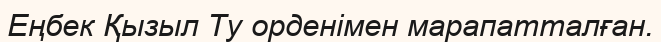
Еңбек Қызыл Ту орденімен марапатталған.